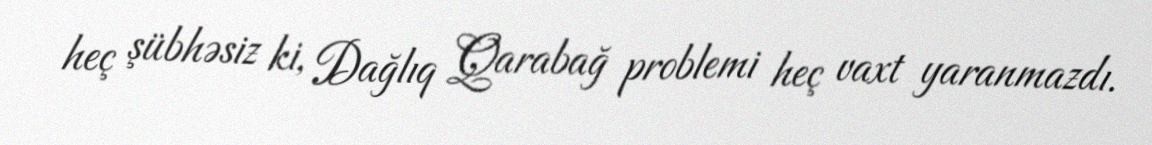
heç şübhəsiz ki, Dağlıq Qarabağ problemi heç vaxt yaranmazdı.